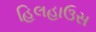
હિલહાઉસ